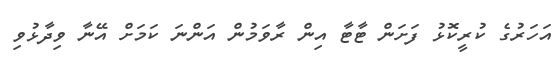
އަހަރުގެ ކުރީކޮޅު ފަށަން ޓާޓާ އިން ރާވަމުން އަންނަ ކަމަށް އޭނާ ވިދާޅުވި